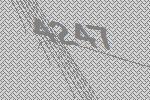
4247